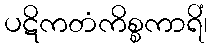
ပဋိကတံကိစ္စကာရိံ၊